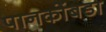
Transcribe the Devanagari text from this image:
पानकोंबडा